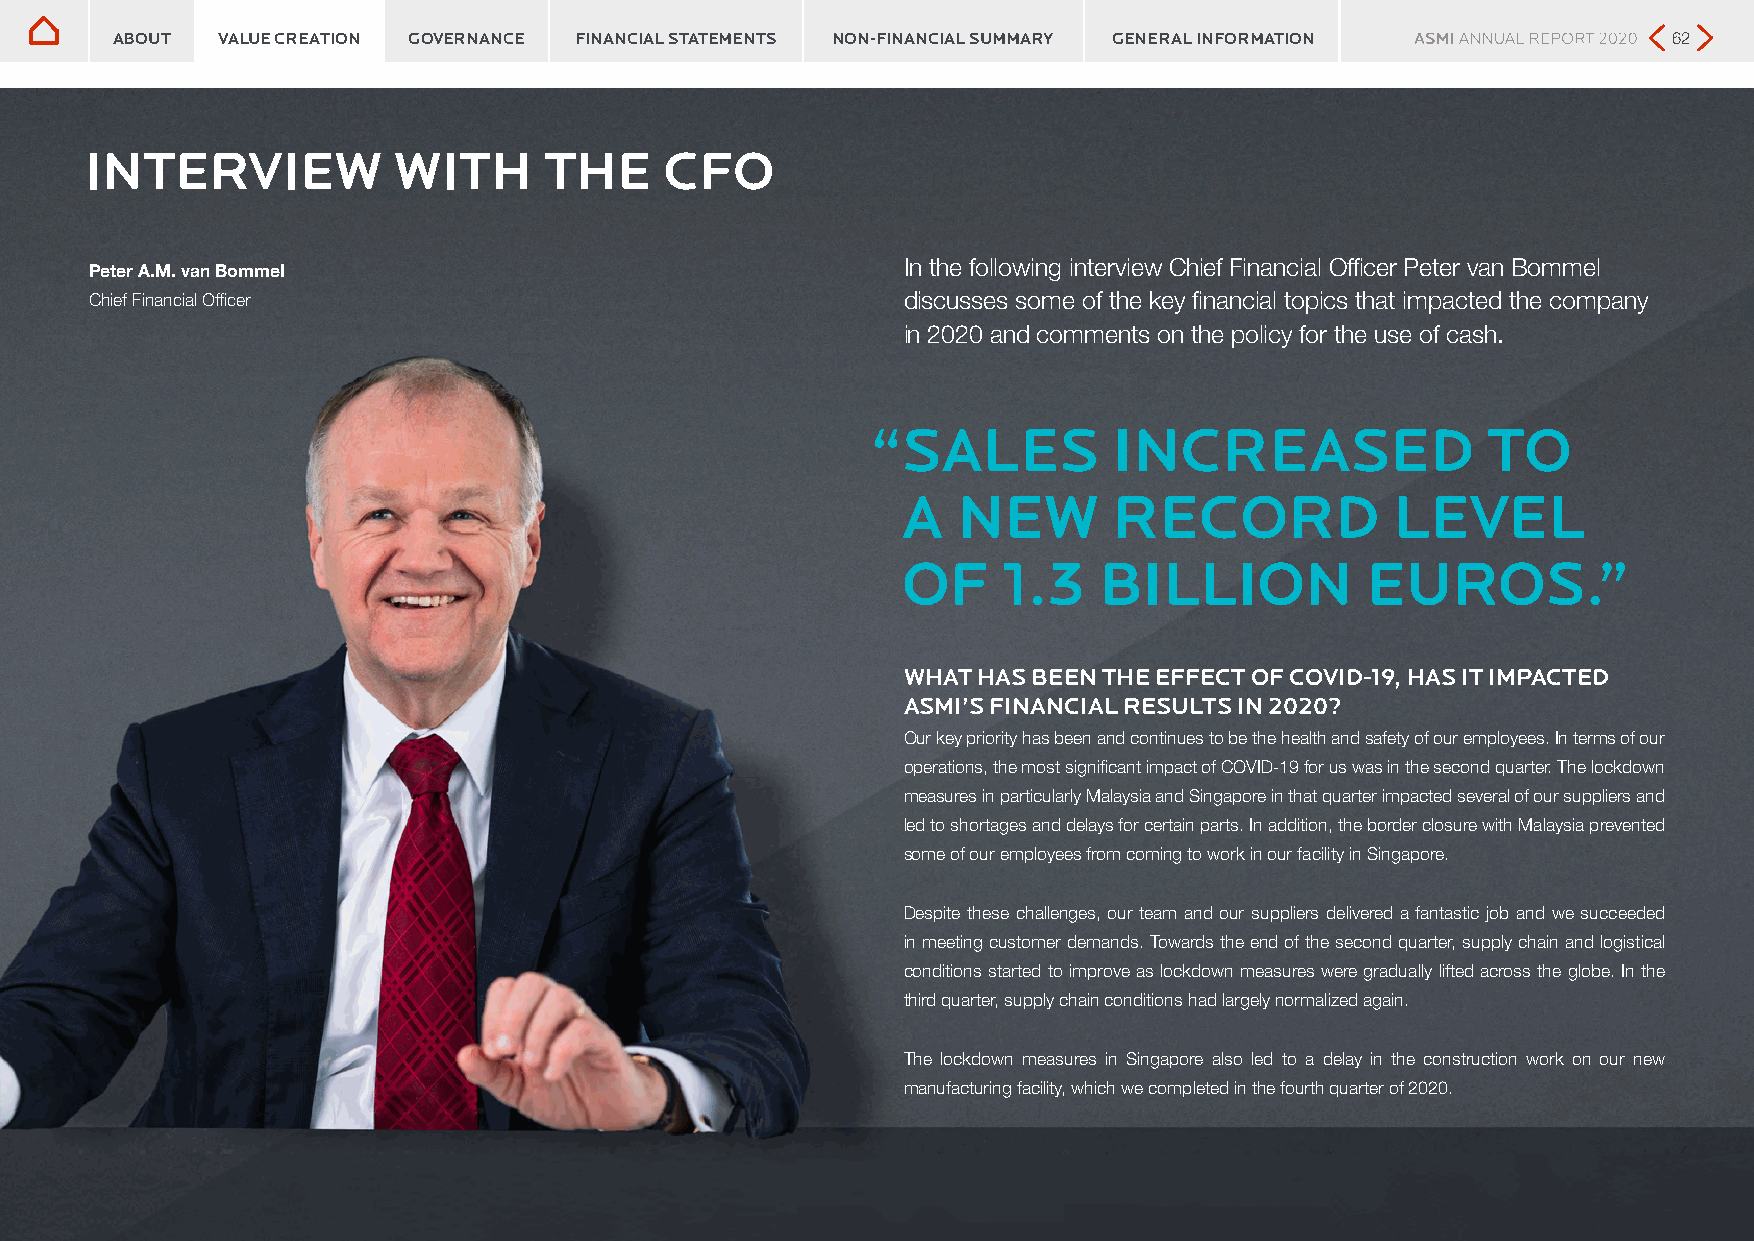
Interview with the CFO
 Interview with the CFO
 ABOUT  VALUE CREATION GOVERNANCE FINANCIAL STATEMENTS NON-FINANCIAL SUMMARY GENERAL INFORMATION         62
 INTERVIEW           WITH      THE     CFO
 In the following interview Chief Financial Officer Peter van Bommel
 Peter A.M. van Bommel
 Chief Financial Officer                               discusses some of the key financial topics that impacted the company
 in 2020 and comments on the policy for the use of cash.
 “ SALES         INCREASED               TO
 A  NEW        RECORD            LEVEL
 OF    1.3    BILLION          EUROS.”
 WHAT HAS BEEN THE EFFECT OF COVID-19, HAS IT IMPACTED
 ASMI’S FINANCIAL RESULTS IN 2020?
 Our key priority has been and continues to be the health and safety of our employees. In terms of our
 operations, the most significant impact of COVID-19 for us was in the second quarter. The lockdown
 measures in particularly Malaysia and Singapore in that quarter impacted several of our suppliers and
 led to shortages and delays for certain parts. In addition, the border closure with Malaysia prevented
 some of our employees from coming to work in our facility in Singapore.
 Despite these challenges, our team and our suppliers delivered a fantastic job and we succeeded
 in meeting customer demands. Towards the end of the second quarter, supply chain and logistical
 conditions started to improve as lockdown measures were gradually lifted across the globe. In the
 third quarter, supply chain conditions had largely normalized again.
 The lockdown measures in Singapore also led to a delay in the construction work on our new
 manufacturing facility, which we completed in the fourth quarter of 2020.